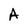
Character: A